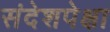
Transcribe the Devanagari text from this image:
संदेशपेक्षा